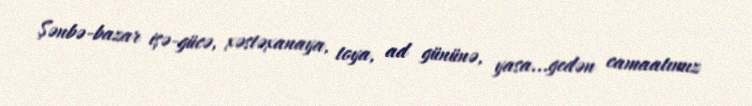
Şənbə-bazar işə-gücə, xəstəxanaya, toya, ad gününə, yasa...gedən camaatımız